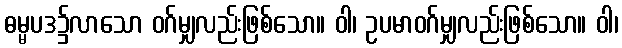
ဓမ္မပဒ၌လာသော ဝဂ်မျှလည်းဖြစ်သော။ ဝါ၊ ဥပမာဝဂ်မျှလည်းဖြစ်သော။ ဝါ၊